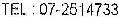
TEL : 07-2514733